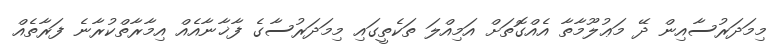
މިމަދަރުސާއިން ދޭ މަޢުލޫމާތާ އެއްގޮތަށް އަމިއްލަ ތަކެތީގައި މިމަދަރުސާގެ ފާޚާނާއެއް އިމާރާތްކުރާނެ ފަރާތެއް